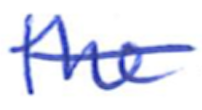
Text: the
Cross-out: single-line
Writing tool: ballpoint